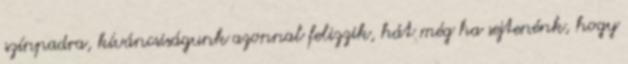
színpadra, kíváncsiságunk azonnal felizzik, hát még ha sejtenénk, hogy